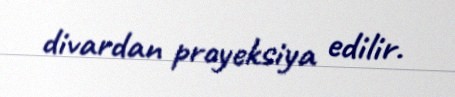
divardan proyeksiya edilir.